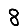
Digit: 8